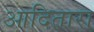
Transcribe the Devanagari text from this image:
आदितारा